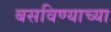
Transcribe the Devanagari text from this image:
बसविण्याच्या